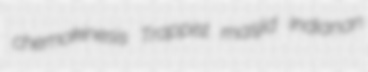
chemokinesis Trappist masjid Indianan